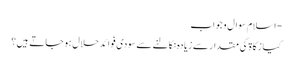
- اسلام سوال و جواب
کیا زکاۃ کی مقدار سے زیادہ نکالنے سے سودی فوائد حلال ہو جاتے ہیں ؟